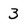
Character: 3